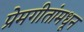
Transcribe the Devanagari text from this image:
प्रेमगीतांमधून